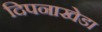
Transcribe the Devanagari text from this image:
दिपनाखेडा